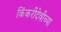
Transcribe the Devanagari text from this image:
किंकरीदेवीच्या